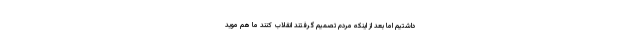
داشتیم اما بعد از اینکه مردم تصمیم گرفتند انقلاب کنند ما هم موید